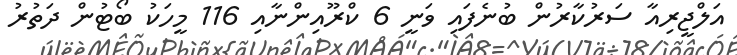
އަލްޖީރިއާ ސަރުކާރުން ބުނެފައި ވަނީ 6 ކްރޫއިންނާއި 116 މީހަކު ބޯޓުން ދަތުރު